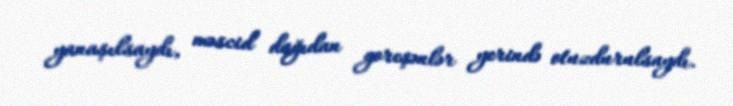
yanaşılsaydı, məscid dağıdan goreşənlər yerində otuzdurulsaydı.